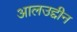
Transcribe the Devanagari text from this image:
आलउद्दीन